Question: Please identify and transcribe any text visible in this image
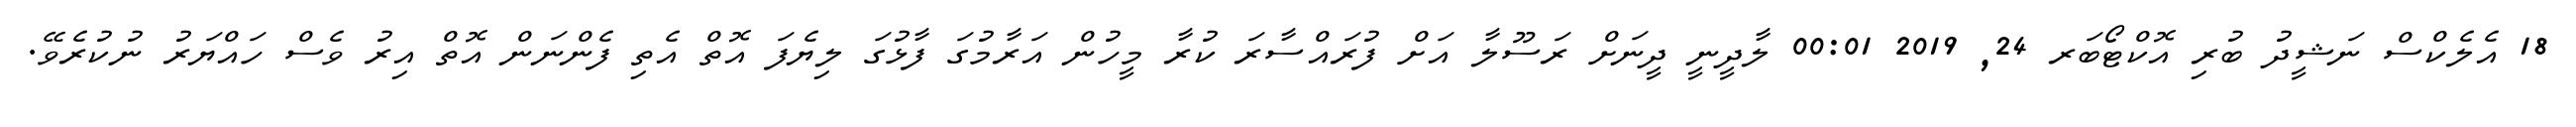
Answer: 18 އެލެކްސް ނަޝީދު ބުރި އޮކްޓޯބަރ 24, 2019 00:01 ލާދީނީ ދީނަށް ރަސޫލާ އަށް ފުރައްސާރަ ކުރާ މީހުން އަރާމުގަ ފާޅުގަ ލިޔެފަ އޮތް އެތި ފެންނަން އޮތް އިރު ވެސް ހައްޔަރު ނުކުރެވޭ.